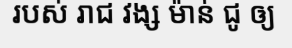
របស់ រាជ វង្ស ម៉ាន់ ជូ ឲ្យ